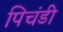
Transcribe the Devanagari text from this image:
पिचंडी